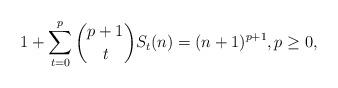
LaTeX: \begin{align*}1 + \sum_{t=0}^{p} \binom{p+1}{t} S_t(n) = (n+1)^{p+1}, p \geq 0,\end{align*}